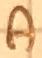
Text: A